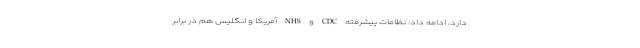
دارد، ادامه داد: نظامات پیشرفته CDC و NHS آمریکا و انگلیس هم در برابر